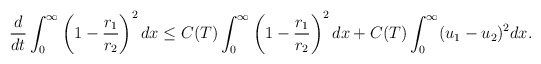
\begin{align*}\begin{aligned}\frac{d}{dt}\int_0^\infty\left(1-\frac{r_1}{r_2}\right)^2dx\leq C(T)\int_0^\infty\left(1-\frac{r_1}{r_2}\right)^2dx+C(T)\int_0^\infty(u_1-u_2)^2dx.\end{aligned}\end{align*}